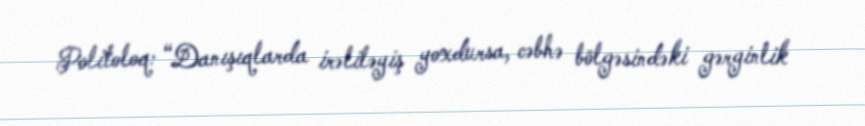
Politoloq: “Danışıqlarda irəliləyiş yoxdursa, cəbhə bölgəsindəki gərginlik